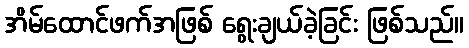
အိမ်ထောင်ဖက်အဖြစ် ရွေးချယ်ခဲ့ခြင်း ဖြစ်သည်။